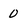
Character: 0